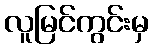
လူမြင်ကွင်းမှ